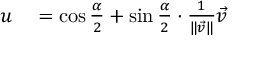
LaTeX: \begin{array} { r l } { u } & { { } = \cos { \frac { \alpha } { 2 } } + \sin { \frac { \alpha } { 2 } } \cdot { \frac { 1 } { \| { \vec { v } } \| } } { \vec { v } } } \end{array}